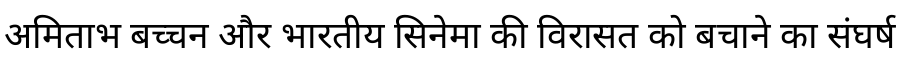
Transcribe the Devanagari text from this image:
अमिताभ बच्चन और भारतीय सिनेमा की विरासत को बचाने का संघर्ष